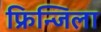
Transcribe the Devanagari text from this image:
फ्रिन्जिला